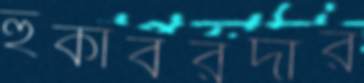
হুঁকাবরদার